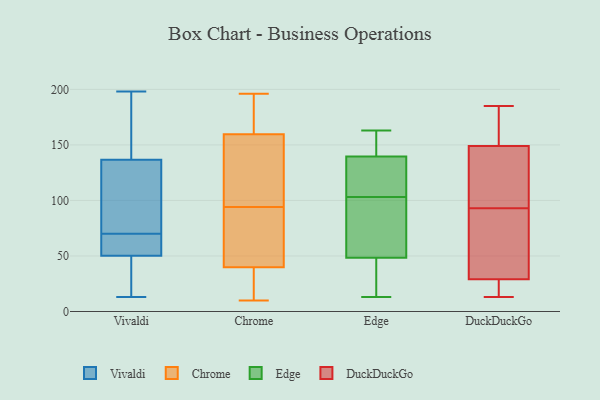
{"axis": {"x": "Population (Million)", "y": "Value"}, "legend": ["Chrome", "DuckDuckGo", "Edge", "Vivaldi"], "data": [{"x": "", "y": 72, "type": "Vivaldi"}, {"x": "", "y": 61, "type": "Vivaldi"}, {"x": "", "y": 154, "type": "Vivaldi"}, {"x": "", "y": 44, "type": "Vivaldi"}, {"x": "", "y": 165, "type": "Vivaldi"}, {"x": "", "y": 113, "type": "Vivaldi"}, {"x": "", "y": 198, "type": "Vivaldi"}, {"x": "", "y": 54, "type": "Vivaldi"}, {"x": "", "y": 133, "type": "Vivaldi"}, {"x": "", "y": 49, "type": "Vivaldi"}, {"x": "", "y": 142, "type": "Vivaldi"}, {"x": "", "y": 36, "type": "Vivaldi"}, {"x": "", "y": 70, "type": "Vivaldi"}, {"x": "", "y": 13, "type": "Vivaldi"}, {"x": "", "y": 27, "type": "Vivaldi"}, {"x": "", "y": 58, "type": "Vivaldi"}, {"x": "", "y": 71, "type": "Vivaldi"}, {"x": "", "y": 54, "type": "Vivaldi"}, {"x": "", "y": 138, "type": "Vivaldi"}, {"x": "", "y": 125, "type": "Chrome"}, {"x": "", "y": 36, "type": "Chrome"}, {"x": "", "y": 10, "type": "Chrome"}, {"x": "", "y": 178, "type": "Chrome"}, {"x": "", "y": 41, "type": "Chrome"}, {"x": "", "y": 173, "type": "Chrome"}, {"x": "", "y": 155, "type": "Chrome"}, {"x": "", "y": 57, "type": "Chrome"}, {"x": "", "y": 176, "type": "Chrome"}, {"x": "", "y": 104, "type": "Chrome"}, {"x": "", "y": 22, "type": "Chrome"}, {"x": "", "y": 48, "type": "Chrome"}, {"x": "", "y": 64, "type": "Chrome"}, {"x": "", "y": 196, "type": "Chrome"}, {"x": "", "y": 146, "type": "Chrome"}, {"x": "", "y": 94, "type": "Chrome"}, {"x": "", "y": 28, "type": "Chrome"}, {"x": "", "y": 147, "type": "Edge"}, {"x": "", "y": 163, "type": "Edge"}, {"x": "", "y": 72, "type": "Edge"}, {"x": "", "y": 137, "type": "Edge"}, {"x": "", "y": 61, "type": "Edge"}, {"x": "", "y": 159, "type": "Edge"}, {"x": "", "y": 14, "type": "Edge"}, {"x": "", "y": 126, "type": "Edge"}, {"x": "", "y": 114, "type": "Edge"}, {"x": "", "y": 117, "type": "Edge"}, {"x": "", "y": 162, "type": "Edge"}, {"x": "", "y": 47, "type": "Edge"}, {"x": "", "y": 142, "type": "Edge"}, {"x": "", "y": 28, "type": "Edge"}, {"x": "", "y": 111, "type": "Edge"}, {"x": "", "y": 59, "type": "Edge"}, {"x": "", "y": 50, "type": "Edge"}, {"x": "", "y": 95, "type": "Edge"}, {"x": "", "y": 16, "type": "Edge"}, {"x": "", "y": 13, "type": "Edge"}, {"x": "", "y": 20, "type": "DuckDuckGo"}, {"x": "", "y": 110, "type": "DuckDuckGo"}, {"x": "", "y": 59, "type": "DuckDuckGo"}, {"x": "", "y": 48, "type": "DuckDuckGo"}, {"x": "", "y": 13, "type": "DuckDuckGo"}, {"x": "", "y": 152, "type": "DuckDuckGo"}, {"x": "", "y": 34, "type": "DuckDuckGo"}, {"x": "", "y": 114, "type": "DuckDuckGo"}, {"x": "", "y": 24, "type": "DuckDuckGo"}, {"x": "", "y": 146, "type": "DuckDuckGo"}, {"x": "", "y": 185, "type": "DuckDuckGo"}, {"x": "", "y": 24, "type": "DuckDuckGo"}, {"x": "", "y": 158, "type": "DuckDuckGo"}, {"x": "", "y": 167, "type": "DuckDuckGo"}, {"x": "", "y": 76, "type": "DuckDuckGo"}, {"x": "", "y": 122, "type": "DuckDuckGo"}]}